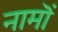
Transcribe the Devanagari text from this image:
नामॊं